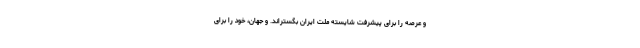
و عرصه را برای پیشرفت شایسته ملت ایران بگستراند. و جهان، خود را برای